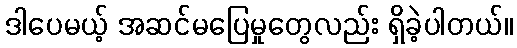
ဒါပေမယ့် အဆင်မပြေမှုတွေလည်း ရှိခဲ့ပါတယ်။